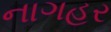
નાગહર